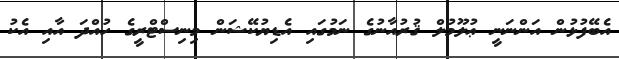
އެބޭފުޅުން އަންނަނީ ޢުލޫމުލް ޤުރުއާނުގެ ނަމުގައި އެޑިޔުކޭޝަން މިނިސްޓްރީގެ ހުއްދަ އާއި އެކު